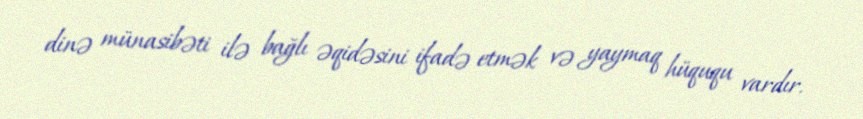
dinə münasibəti ilə bağlı əqidəsini ifadə etmək və yaymaq hüququ vardır.